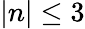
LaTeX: |n|\le 3